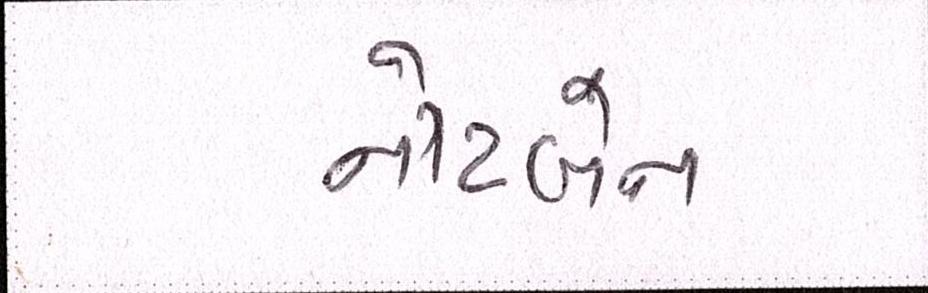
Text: નોટબેન